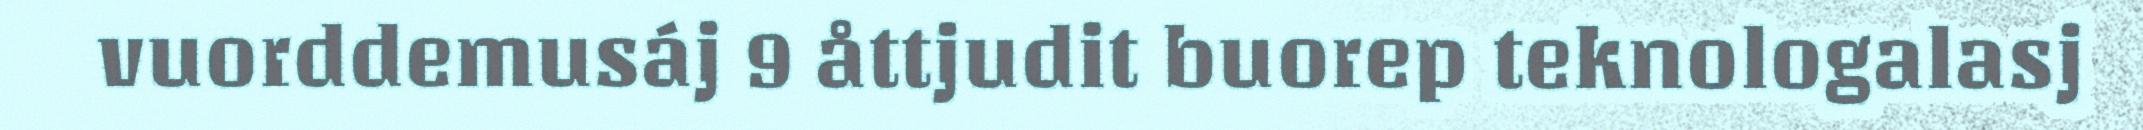
vuorddemusáj 9 åttjudit buorep teknologalasj